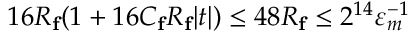
1 6 R _ { \mathbf { f } } ( 1 + 1 6 C _ { \mathbf { f } } R _ { \mathbf { f } } | t | ) \leq 4 8 R _ { \mathbf { f } } \leq 2 ^ { 1 4 } \varepsilon _ { m } ^ { - 1 }